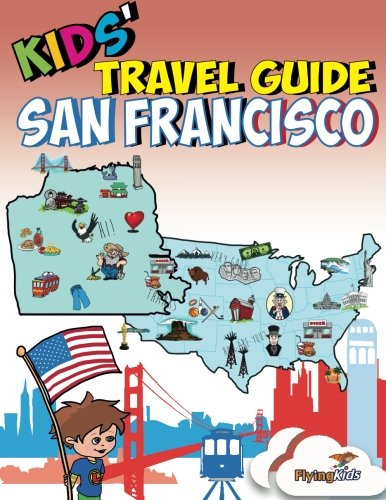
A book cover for Kids' Travel Guide - San Francisco: Kids enjoy the best of San Francisco with fascinating facts, fun activities, useful tips, quizzes and Leonardo! (Volume 10); Shiela H Leon; Travel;